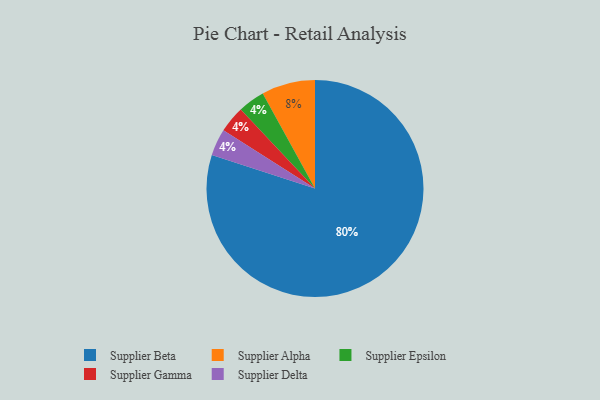
{"axis": {"x": "Category", "y": "Percentage"}, "legend": ["Supplier Alpha", "Supplier Beta", "Supplier Delta", "Supplier Epsilon", "Supplier Gamma"], "data": [{"x": "Supplier Beta", "y": 80, "type": "Supplier Beta"}, {"x": "Supplier Epsilon", "y": 4, "type": "Supplier Epsilon"}, {"x": "Supplier Gamma", "y": 4, "type": "Supplier Gamma"}, {"x": "Supplier Alpha", "y": 8, "type": "Supplier Alpha"}, {"x": "Supplier Delta", "y": 4, "type": "Supplier Delta"}]}